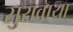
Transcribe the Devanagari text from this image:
सुरावाया